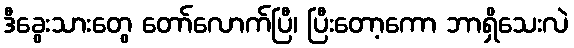
ဒီခွေးသားတွေ တော်လောက်ပြီ၊ ပြီးတော့ကော ဘာရှိသေးလဲ